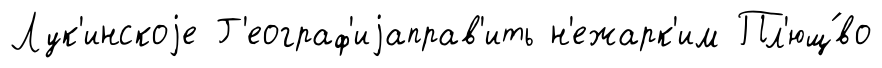
Лук'инскоjе Г'еограф'иjаправ'ить н'ежарк'им Пл'ющ́во